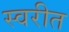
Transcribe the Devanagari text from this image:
स्वरीत